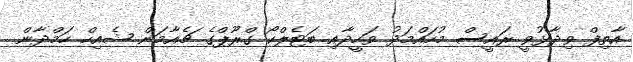
އާތިފް ވިދާޅުވީ ރައީސް މުހައްމަދު ވަހީދާއި ބަޓެލްކޯ ގްރޫޕްގެ ޗެއާމަން ޝެއިހް ހަމްދާން